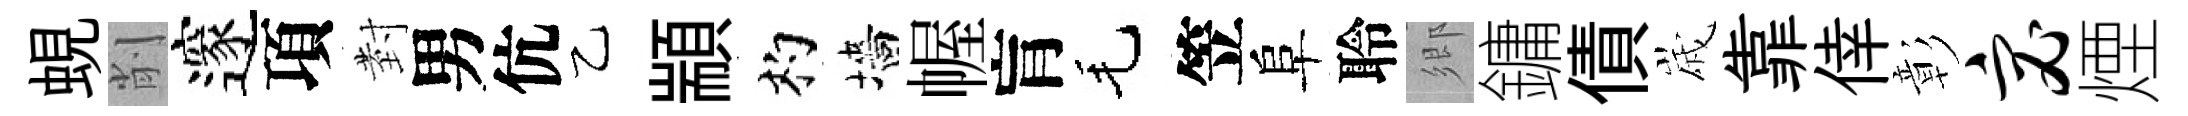
蜆削邃項𭔹男伉乙顓杓墻幄肓毛笠阜聆鄉鏞債𡻕靠倖彰宓煙